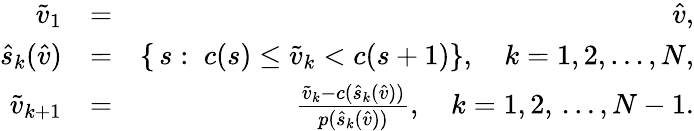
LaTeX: \begin{array}{rlr}{\tilde{v}_{1}}&{=}&{\hat{v},}\\ {\hat{s}_{k}(\hat{v})}&{=}&{\left\{ \, s:\; c(s)\le\tilde{v}_{k}<c(s+1)\right\} ,\quad k=1,2,\ldots,N,}\\ {\tilde{v}_{k+1}}&{=}&{\frac{\tilde{v}_{k}-c(\hat{s}_{k}(\hat{v}))}{p(\hat{s}_{k}(\hat{v}))},\quad k=1,2,\, \ldots,N-1.}\end{array}